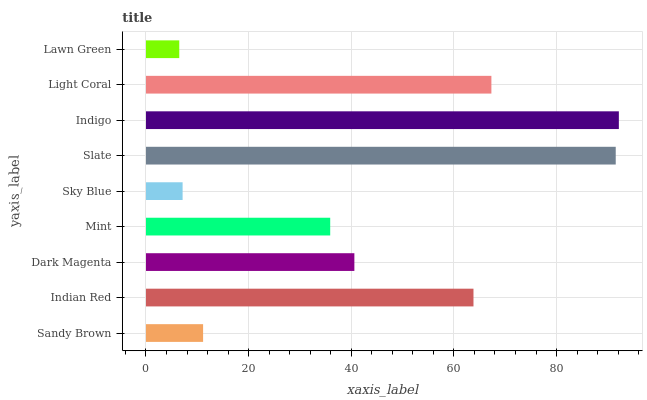
| yaxis_label | bars |
 | --- | --- |
 | Sandy Brown | 11.1 |
 | Indian Red | 63.8 |
 | Dark Magenta | 40.6 |
 | Mint | 35.9 |
 | Sky Blue | 7.14 |
 | Slate | 91.5 |
 | Indigo | 92.1 |
 | Light Coral | 67.3 |
 | Lawn Green | 6.48 |